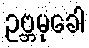
ဥဗ္ဘမုခေါ